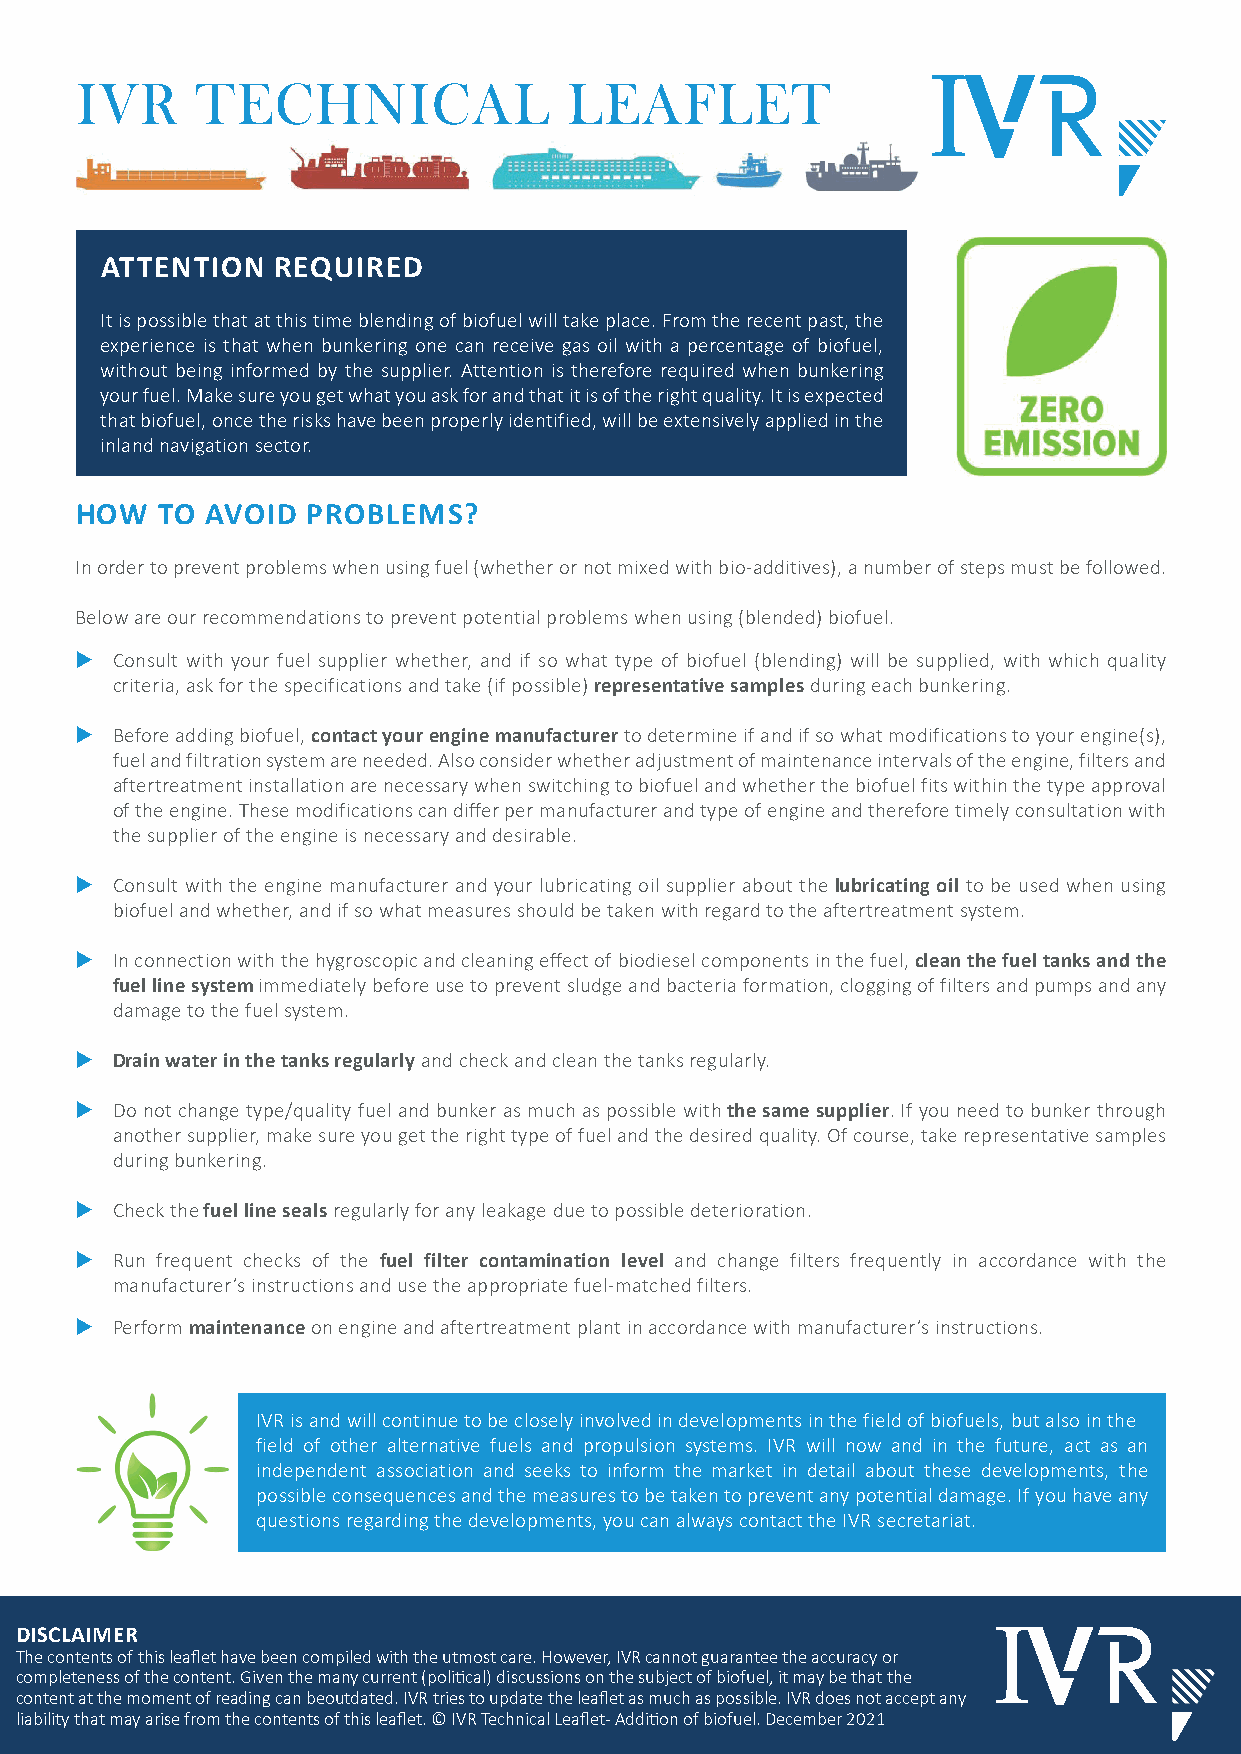
IVR     TECHNICAL                LEAFLET
 ATTENTION  REQUIRED
 It is possible that at this time blending of biofuel will take place. From the recent past, the
 experience is that when bunkering one can receive gas oil with a percentage of biofuel,
 without being informed by the supplier. Attention is therefore required when bunkering
 your fuel. Make sure you get what you ask for and that it is of the right quality. It is expected
 that biofuel, once the risks have been properly identified, will be extensively applied in the
 inland navigation sector.
 HOW  TO  AVOID PROBLEMS?
 In order to prevent problems when using fuel (whether or not mixed with bio-additives), a number of steps must be followed.
 Below are our recommendations to prevent potential problems when using (blended) biofuel.
 X Consult with your fuel supplier whether, and if so what type of biofuel (blending) will be supplied, with which quality
 criteria, ask for the specifications and take (if possible) representative samples during each bunkering.
 X Before adding biofuel, contact your engine manufacturer to determine if and if so what modifications to your engine(s),
 fuel and filtration system are needed. Also consider whether adjustment of maintenance intervals of the engine, filters and
 aftertreatment installation are necessary when switching to biofuel and whether the biofuel fits within the type approval
 of the engine. These modifications can differ per manufacturer and type of engine and therefore timely consultation with
 the supplier of the engine is necessary and desirable.
 X Consult with the engine manufacturer and your lubricating oil supplier about the lubricating oil to be used when using
 biofuel and whether, and if so what measures should be taken with regard to the aftertreatment system.
 X In connection with the hygroscopic and cleaning effect of biodiesel components in the fuel, clean the fuel tanks and the
 fuel line system immediately before use to prevent sludge and bacteria formation, clogging of filters and pumps and any
 damage to the fuel system.
 X Drain water in the tanks regularly and check and clean the tanks regularly.
 X Do not change type/quality fuel and bunker as much as possible with the same supplier. If you need to bunker through
 another supplier, make sure you get the right type of fuel and the desired quality. Of course, take representative samples
 during bunkering.
 X Check the fuel line seals regularly for any leakage due to possible deterioration.
 X Run frequent checks of the fuel filter contamination level and change filters frequently in accordance with the
 manufacturer’s instructions and use the appropriate fuel-matched filters.
 X Perform maintenance on engine and aftertreatment plant in accordance with manufacturer’s instructions.
 IVR is and will continue to be closely involved in developments in the field of biofuels, but also in the
 field of other alternative fuels and propulsion systems. IVR will now and in the future, act as an
 independent association and seeks to inform the market in detail about these developments, the
 possible consequences and the measures to be taken to prevent any potential damage. If you have any
 questions regarding the developments, you can always contact the IVR secretariat.
 DISCLAIMER
 The contents of this leaflet have been compiled with the utmost care. However, IVR cannot guarantee the accuracy or
 completeness of the content. Given the many current (political) discussions on the subject of biofuel, it may be that the
 content at the moment of reading can beoutdated. IVR tries to update the leaflet as much as possible. IVR does not accept any
 liability that may arise from the contents of this leaflet. © IVR Technical Leaflet - Addition of biofuel. December 2021